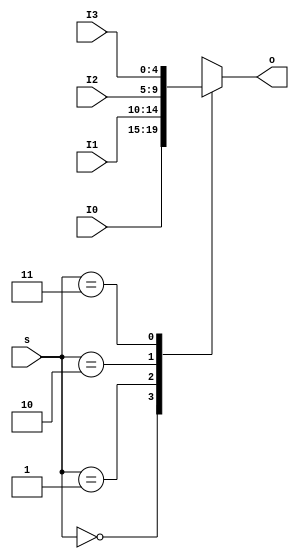
`timescale 1ns / 1ps
//////////////////////////////////////////////////////////////////////////////////
// Company: 
// Engineer: 
// 
// Design Name: 
// Module Name: MUX4T1_5
// Project Name: 
// Target Devices: 
// Tool Versions: 
// Description: 
// 
// Dependencies: 
// 
// Revision:
// Revision 0.01 - File Created
// Additional Comments:
// 
//////////////////////////////////////////////////////////////////////////////////


module MUX4T1_5(        input [1:0]s,
						input [4:0]I0,
						input [4:0]I1,
						input [4:0]I2,
						input [4:0]I3,						
						output reg[4:0]o
    );
    always@*
                case(s)
                    2'b00: o = I0;
                    2'b01: o = I1;
                    2'b10: o = I2;
                    2'b11: o = I3;
                endcase
endmodule